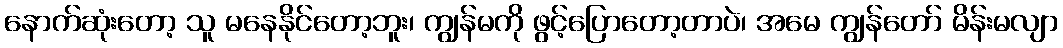
နောက်ဆုံးတော့ သူ မနေနိုင်တော့ဘူး၊ ကျွန်မကို ဖွင့်ပြောတော့တာပဲ၊ အမေ ကျွန်တော် မိန်းမလျာ